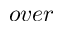
o v e r